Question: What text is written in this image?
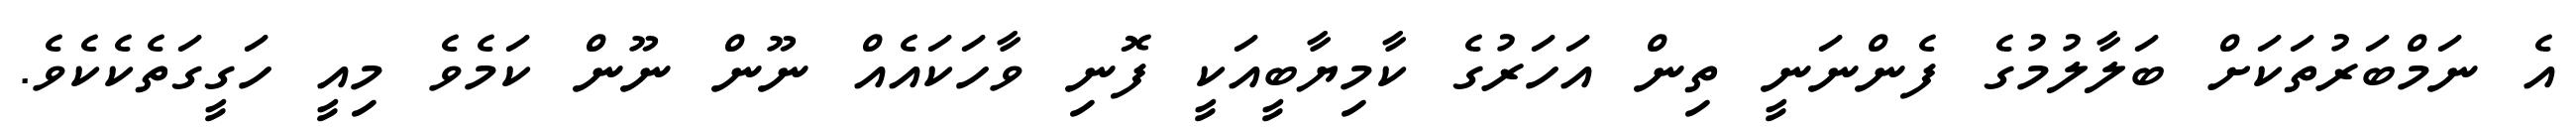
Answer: އެ ނަމްބަރުތަކަށް ބަލާލުމުގެ ފެންނަނީ ތިން އަހަރުގެ ކާމިޔާބީއަކީ ފޮނި ވާހަކައެއް ނޫން ނޫން ކަމެވެ މިއީ ހަގީގަތެކެކެވެ.